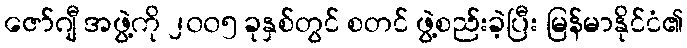
ဇော်ဂျီ အဖွဲ့ကို ၂၀၀၅ ခုနှစ်တွင် စတင် ဖွဲ့စည်းခဲ့ပြီး မြန်မာနိုင်ငံ၏